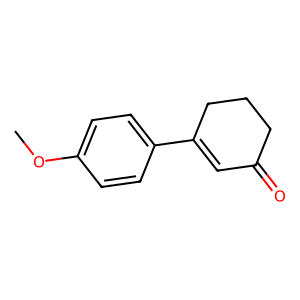
SMILES: COc1ccc(C2=CC(=O)CCC2)cc1
Inhibits HIV replication: No